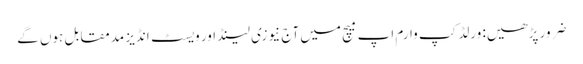
ضرور پڑھیں: ورلڈکپ وارم اپ میچ میں آج نیوزی لینڈ اور ویسٹ انڈیز مدمقابل ہوں گے